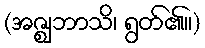
(အဇ္ဈဘာသိ၊ ရွတ်၏။)